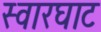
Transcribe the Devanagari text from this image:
स्‍वारघाट